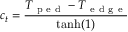
c _ { t } = \frac { T _ { \mathrm { ~ p ~ e ~ d ~ } } - T _ { \mathrm { ~ e ~ d ~ g ~ e ~ } } } { \operatorname { t a n h } ( 1 ) }